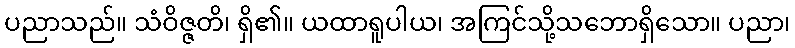
ပညာသည်။ သံဝိဇ္ဇတိ၊ ရှိ၏။ ယထာရူပါယ၊ အကြင်သို့သဘောရှိသော။ ပညာ၊